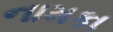
નામકા